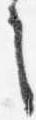
之